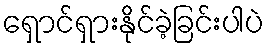
ရှောင်ရှားနိုင်ခဲ့ခြင်းပါပဲ